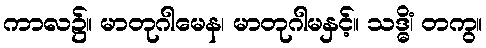
ကာလ၌။ မာတုဂါမေန၊ မာတုဂါမနှင့်။ သဒ္ဓိံ၊ တကွ။